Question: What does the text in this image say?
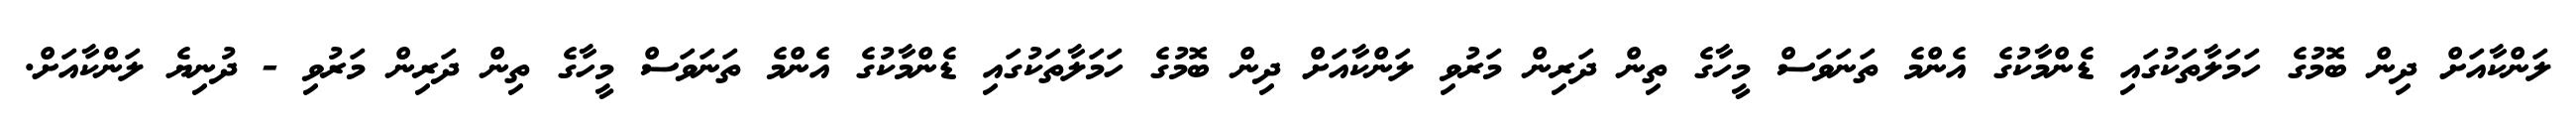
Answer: ލަންކާއަށް ދިން ބޮމުގެ ހަމަލާތަކުގައި ޑެންމާކުގެ އެންމެ ތަނަވަސް މީހާގެ ތިން ދަރިން މަރުވި ލަންކާއަށް ދިން ބޮމުގެ ހަމަލާތަކުގައި ޑެންމާކުގެ އެންމެ ތަނަވަސް މީހާގެ ތިން ދަރިން މަރުވި - ދުނިޔެ ލަންކާއަށް.